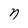
Character: n